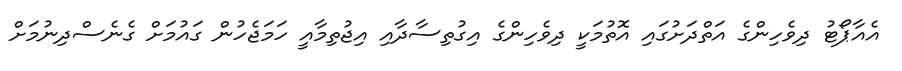
އެއާޕޯޓު ދިވެހިންގެ އަތްދަށުގައި އޮތުމަކީ ދިވެހިންގެ އިގުތިސާދާއި އިޖުތިމާއީ ހަމަޖެހުން ގައުމަށް ގެނެސްދިނުމަށް